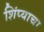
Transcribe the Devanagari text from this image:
शिंप्याचा